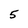
Character: 5